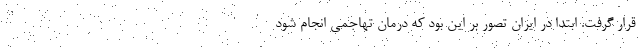
قرار گرفت. ابتدا در ایران تصور بر این بود که درمان تهاجمی انجام شود